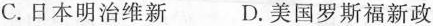
C.日本明治维新 D.美国罗斯福新政